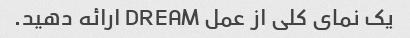
یک نمای کلی از عمل DREAM ارائه دهید.